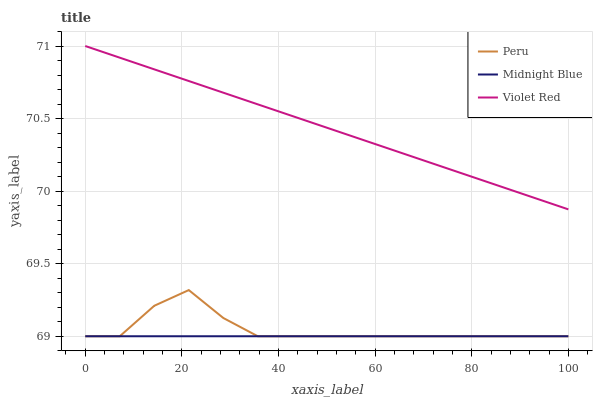
| xaxis_label | Peru | Midnight Blue | Violet Red |
 | --- | --- | --- | --- |
 | 0 | 69 | 69 | 71 |
 | 7.14 | 69 | 69 | 70.9 |
 | 14.3 | 69.2 | 69 | 70.8 |
 | 21.4 | 69.3 | 69 | 70.8 |
 | 28.6 | 69.1 | 69 | 70.7 |
 | 35.7 | 69 | 69 | 70.6 |
 | 42.9 | 69 | 69 | 70.5 |
 | 50 | 69 | 69 | 70.4 |
 | 57.1 | 69 | 69 | 70.4 |
 | 64.3 | 69 | 69 | 70.3 |
 | 71.4 | 69 | 69 | 70.2 |
 | 78.6 | 69 | 69 | 70.1 |
 | 85.7 | 69 | 69 | 70 |
 | 92.9 | 69 | 69 | 70 |
 | 100 | 69 | 69 | 69.9 |